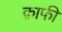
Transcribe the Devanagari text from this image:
क़ाफी